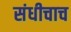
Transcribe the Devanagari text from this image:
संधीचाच